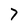
Character: 7